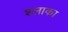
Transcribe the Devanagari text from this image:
श्लाका